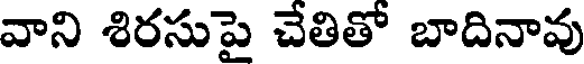
వాని శిరసుపై చేతితో బాదినావు